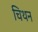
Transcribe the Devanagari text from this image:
चिथन